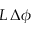
L \, \Delta \phi